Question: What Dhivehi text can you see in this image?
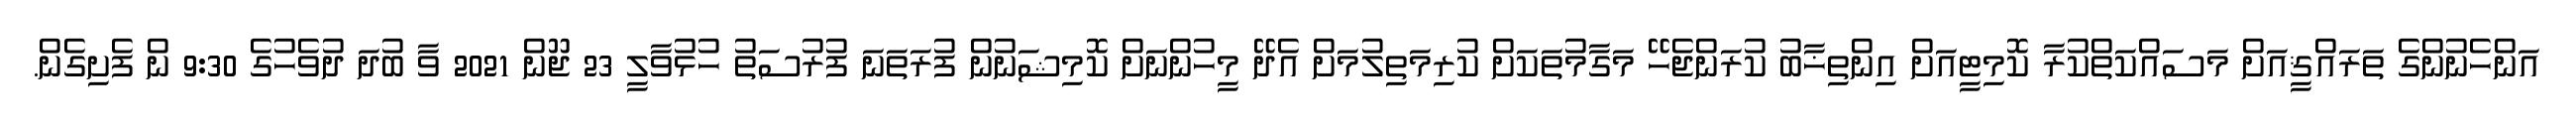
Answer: އަންހެނުންގެ ތަރައްޤީއަށް މަސައްކަތްކުރާ ކޮމިޓީއަށް އިންތިޚާބު ކުރަންޖެހޭ މަގާމުތަކަށް ކުރިމަތިލުމަށް އެދޭ މީހުންނަށް ކޮމިޝަނުން ފުރަތަނަ ފުރުސަތު ހުޅުވާލީ 23 ޖޫން 2021 ވާ ބުދަ ދުވެހުގެ 9:30 ން ފެށިގެން.